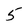
Character: 5